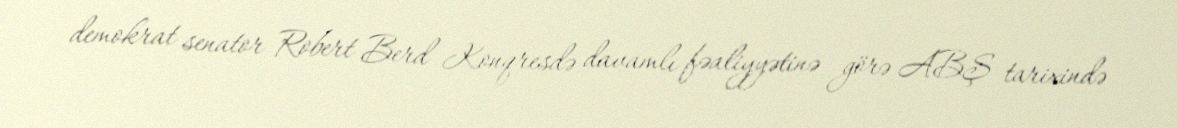
demokrat senator Robert Berd Konqresdə davamlı fəaliyyətinə görə ABŞ tarixində